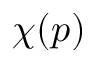
\chi ( p )